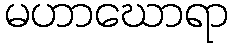
မဟာဃောရာ